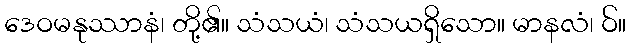
ဒေဝမနုဿာနံ၊ တို့၏။ သံသယံ၊ သံသယရှိသော။ မာနလံ၊ ဝ်။